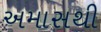
અમાસથી